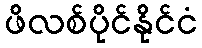
ဖိလစ်ပိုင်နိုင်ငံ